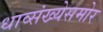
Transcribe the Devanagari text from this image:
धाव्संख्येसमोर